Report on vaccination in the Province of Bengal - 1869-1873
Year: 1869
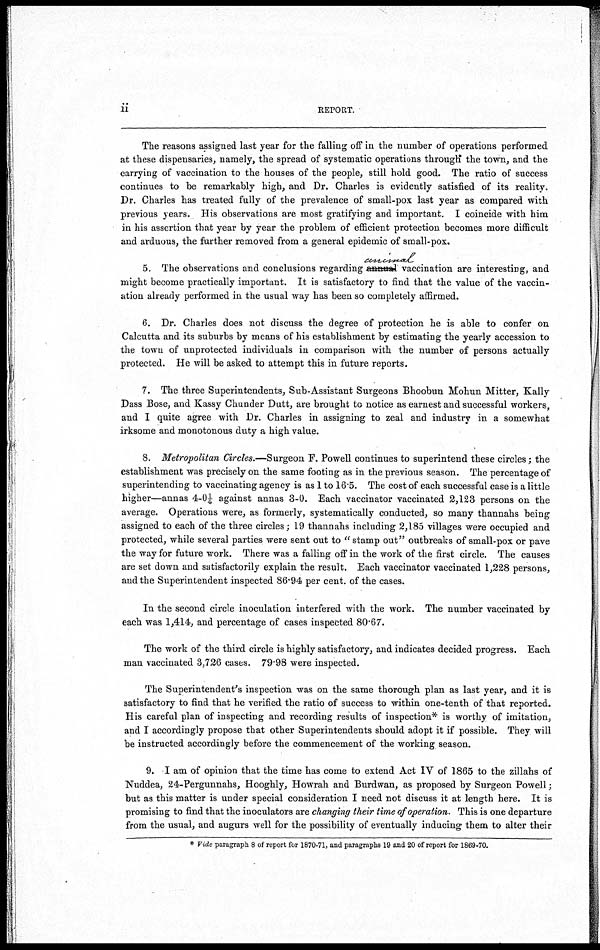
ii
REPORT.
The reasons assigned last year for the falling off in the number of operations performed
at these dispensaries, namely, the spread of systematic operations through* the town, and the
carrying of vaccination to the houses of the people, still hold good. The ratio of success
continues to be remarkably high, and Dr. Charles is evidently satisfied of its reality.
Dr. Charles has treated fully of the prevalence of small-pox last year as compared with
previous years. His observations are most gratifying and important. I coincide with him
in his assertion that year by year the problem of efficient protection becomes more difficult
and arduous, the further removed from a general epidemic of small-pox.
5. The observations and conclusions regarding animal vaccination are interesting, and
might become practically important. It is satisfactory to find that the value of the vaccin-
ation already performed in the usual way has been so completely affirmed.
6. Dr. Charles does not discuss the degree of protection he is able to confer on
Calcutta and its suburbs by means of his establishment by estimating the yearly accession to
the town of unprotected individuals in comparison with the number of persons actually
protected. He will be asked to attempt this in future reports.
7. The three Superintendents, Sub-Assistant Surgeons Bhoobun Mohun Mitter, Kally
Dass Bose, and Kassy Chunder Dutt, are brought to notice as earnest and successful workers,
and I quite agree with Dr. Charles in assigning to zeal and industry in a somewhat
irksome and monotonous duty a high value.
8. Metropolitan Circles.—Surgeon F. Powell continues to superintend these circles; the
establishment was precisely on the same footing as in the previous season. The percentage of
superintending to vaccinating agency is as 1 to 16.5. The cost of each successful case is a little
higher—annas 4-0¼ against annas 3-0. Each vaccinator vaccinated 2,123 persons on the
average. Operations were, as formerly, systematically conducted, so many thannahs being
assigned to each of the three circles; 19 thannahs including 2,185 villages were occupied and
protected, while several parties were sent out to " stamp out" outbreaks of small-pox or pave
the way for future work. There was a falling off in the work of the first circle. The causes
are set down and satisfactorily explain the result. Each vaccinator vaccinated 1,228 persons,
and the Superintendent inspected 86.94 per cent. of the cases.
In the second circle inoculation interfered with the work. The number vaccinated by
each was 1,414, and percentage of cases inspected 80.67.
The work of the third circle is highly satisfactory, and indicates decided progress. Each
man vaccinated 3,726 cases. 79.98 were inspected.
The Superintendent's inspection was on the same thorough plan as last year, and it is
satisfactory to find that he verified the ratio of success to within one-tenth of that reported.
His careful plan of inspecting and recording results of inspection* is worthy of imitation,
and I accordingly propose that other Superintendents should adopt it if possible. They will
be instructed accordingly before the commencement of the working season.
9. I am of opinion that the time has come to extend Act IV of 1865 to the zillahs of
Nuddea, 24-Pergunnahs, Hooghly, Howrah and Burdwan, as proposed by Surgeon Powell;
but as this matter is under special consideration I need not discuss it at length here. It is
promising to find that the inoculators are changing their time of operation. This is one departure
from the usual, and augurs well for the possibility of eventually inducing them to alter their
* Vide paragraph 8 of report for 1870-71, and paragraphs 19 and 20 of report for 1869-70.